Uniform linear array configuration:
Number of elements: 64
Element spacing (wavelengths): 0.25
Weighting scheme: kaiser
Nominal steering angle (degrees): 45
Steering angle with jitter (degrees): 43.635
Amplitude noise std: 0.05
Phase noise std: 0.05

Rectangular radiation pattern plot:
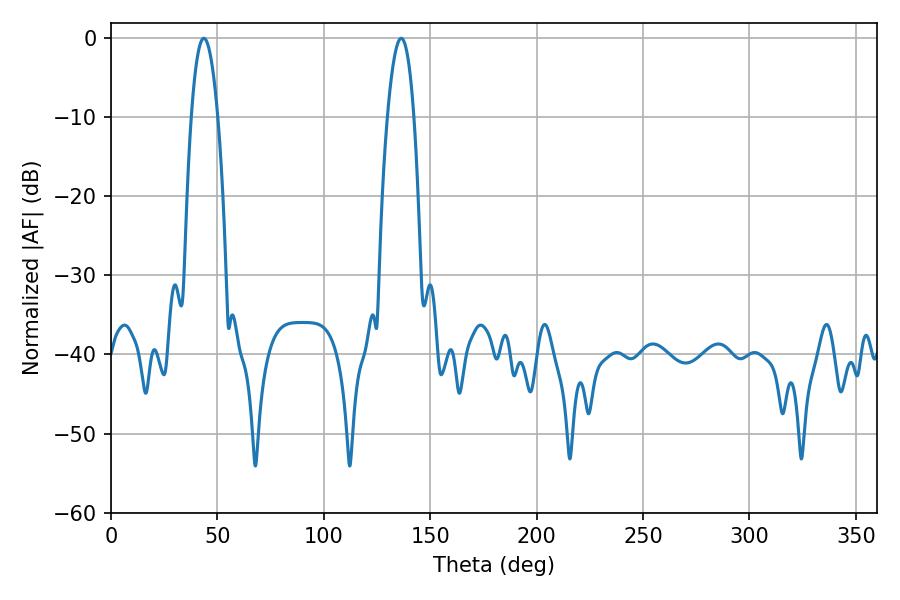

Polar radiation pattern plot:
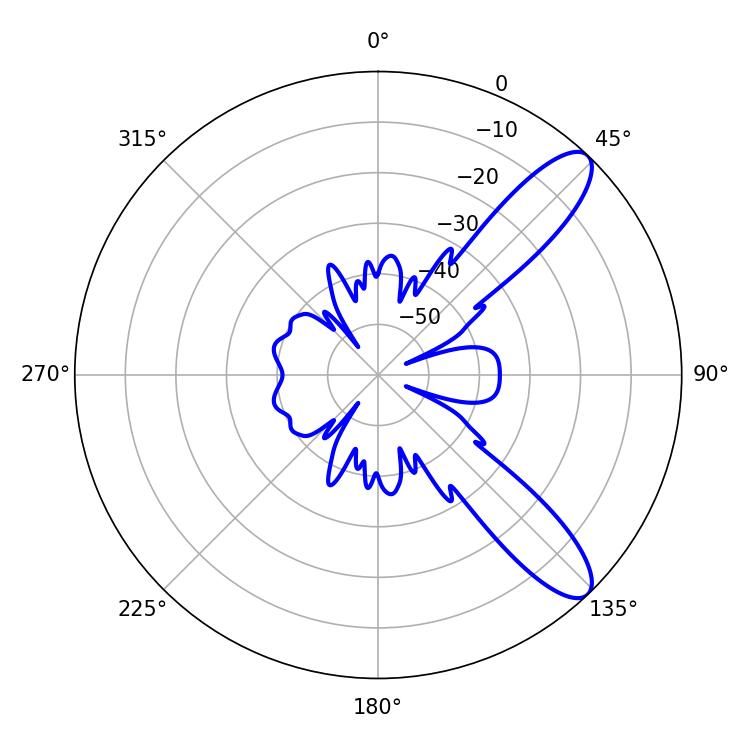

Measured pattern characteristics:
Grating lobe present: FALSE
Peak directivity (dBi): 10.491
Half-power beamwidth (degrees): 6.84
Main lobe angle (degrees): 43.56